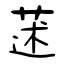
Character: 蒁